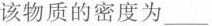
该物质的密度为___